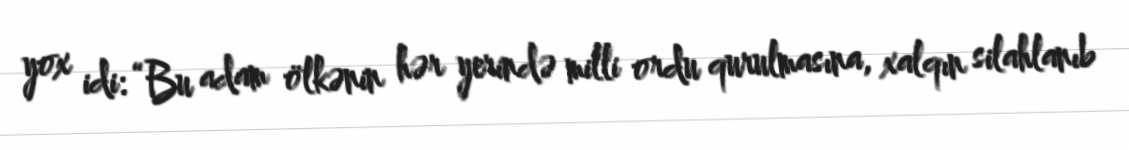
yox idi: “Bu adam ölkənin hər yerində milli ordu qurulmasına, xalqın silahlanıb